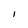
Character: l